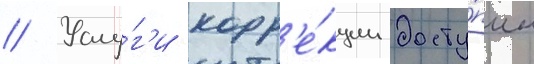
// Услу́г'и корр'е́кции досту́пны